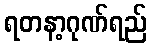
ရတနာ့ဂုဏ်ရည်